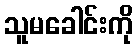
သူမခေါင်းကို